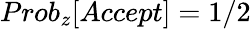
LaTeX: Prob_{z}[Accept]=1/2